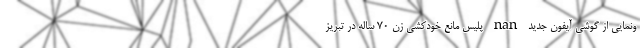
ونمایی از گوشی آیفون جدید nan پلیس مانع خودکشی زن ۷۰ ساله در تبریز